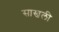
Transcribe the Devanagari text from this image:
साखली